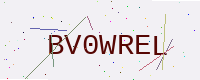
Text: BV0WREL